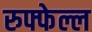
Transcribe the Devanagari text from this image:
रुफ्फेल्ल